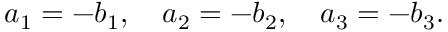
a _ { 1 } = - b _ { 1 } , \quad a _ { 2 } = - b _ { 2 } , \quad a _ { 3 } = - b _ { 3 } .